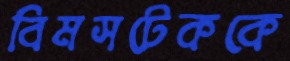
বিমসটেককে